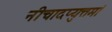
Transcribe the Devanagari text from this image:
नीचादप्युत्तमां